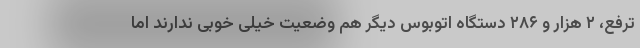
ترفع، ۲ هزار و ۲۸۶ دستگاه اتوبوس دیگر هم وضعیت خیلی خوبی ندارند اما